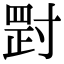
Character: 𡬺